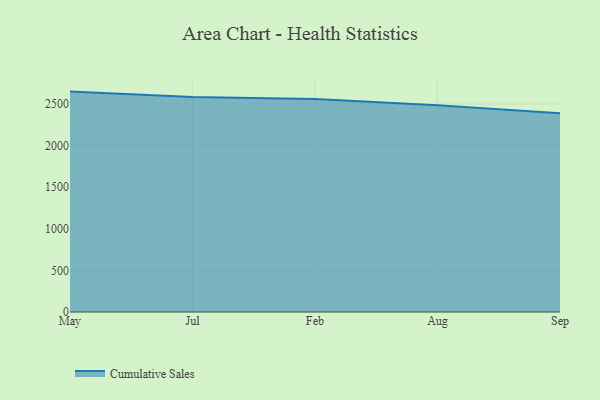
{"axis": {"x": "Month", "y": "Active Users"}, "legend": ["Cumulative Sales"], "data": [{"x": "May", "y": 2649.3, "type": "Cumulative Sales"}, {"x": "Jul", "y": 2585.0, "type": "Cumulative Sales"}, {"x": "Feb", "y": 2560.1, "type": "Cumulative Sales"}, {"x": "Aug", "y": 2485.6, "type": "Cumulative Sales"}, {"x": "Sep", "y": 2389.3, "type": "Cumulative Sales"}]}